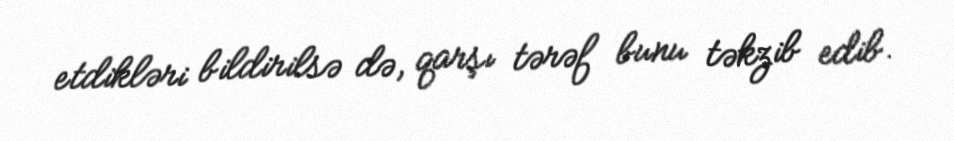
etdikləri bildirilsə də, qarşı tərəf bunu təkzib edib.